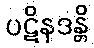
ပဋိနဒန္တိ